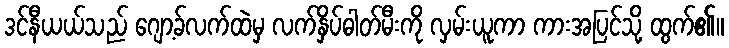
ဒင်နီယယ်သည် ဂျော့ခ်လက်ထဲမှ လက်နှိပ်ဓါတ်မီးကို လှမ်းယူကာ ကားအပြင်သို့ ထွက်၏။